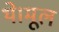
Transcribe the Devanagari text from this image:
थे।मूल